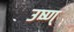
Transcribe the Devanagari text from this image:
उष्ण्